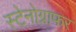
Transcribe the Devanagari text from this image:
स्टेनोग्राफर